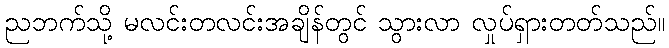
ညဘက်သို့ မလင်းတလင်းအချိန်တွင် သွားလာ လှုပ်ရှားတတ်သည်။